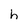
Character: h